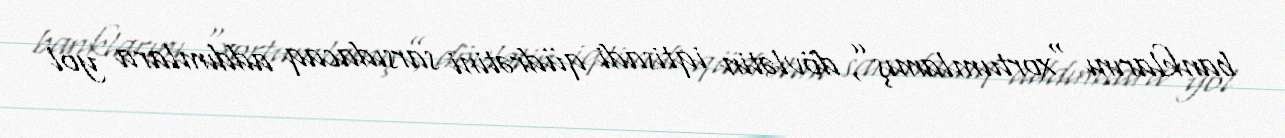
banklarını “xortumlamış”, dövlətin iqtisadi qüdrətini sarsıdacaq addımlara yol